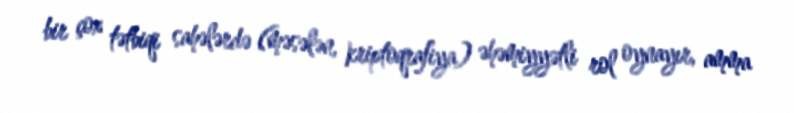
bir çox tətbiqi sahələrdə (məsələn, kriptoqrafiya) əhəmiyyətli rol oynayır, amma